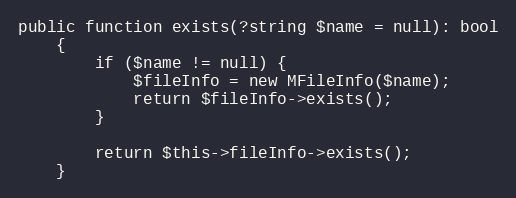
Language: PHP
public function exists(?string $name = null): bool
    {
        if ($name != null) {
            $fileInfo = new MFileInfo($name);
            return $fileInfo->exists();
        }

        return $this->fileInfo->exists();
    }